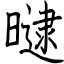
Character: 曃